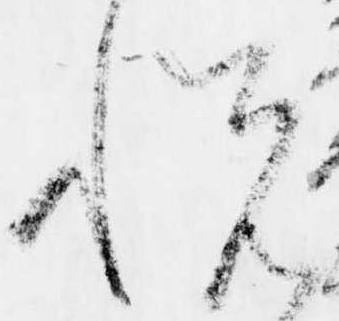
悦